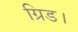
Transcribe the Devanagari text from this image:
ग्रिड।